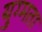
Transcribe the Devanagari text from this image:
युग्मता